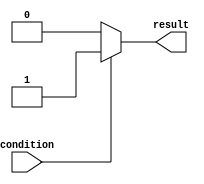
module behavioral_modeling_block(
    input wire condition,
    output reg result
);

initial begin
    if (condition) begin
        result <= 1;
    end else begin
        result <= 0;
    end
end

endmodule